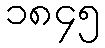
၁၈၄၅